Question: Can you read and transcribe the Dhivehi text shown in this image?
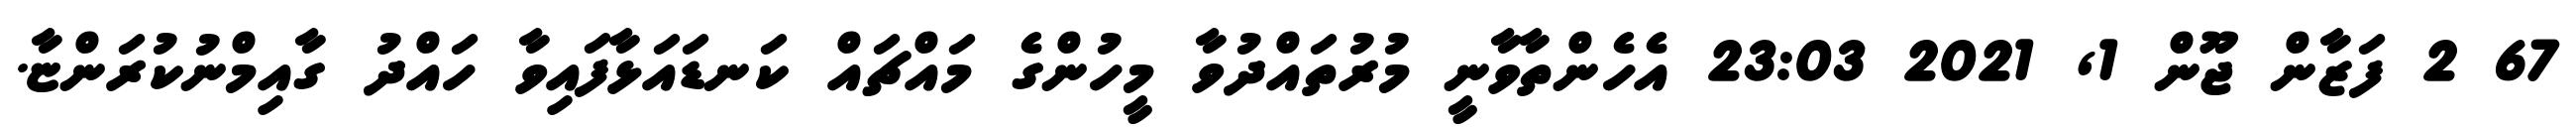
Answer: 67 2 ފަޒާން ޖޫން 1, 2021 23:03 އެހެންތާވާނީ މުރުތައްދުވާ މީހުންގެ މައްޗައް ކަނޑައަޅާފައިވާ ހައްދު ގާއިމްނުކުރަންޏާ.